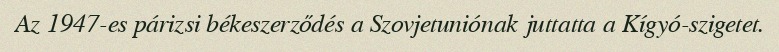
Az 1947-es párizsi békeszerződés a Szovjetuniónak juttatta a Kígyó-szigetet.